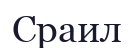
Сраил